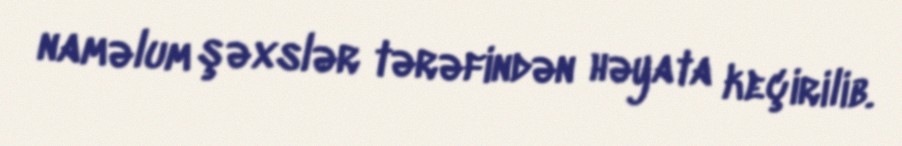
naməlum şəxslər tərəfindən həyata keçirilib.